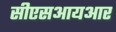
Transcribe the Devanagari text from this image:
सीएसआयआर